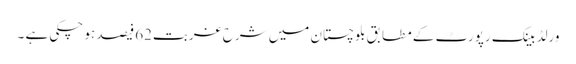
ورلڈ بینک رپورٹ کے مطابق بلوچستان میں شرح غربت62فیصد ہو چکی ہے ۔